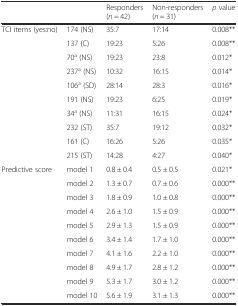
| <COLSPAN=2>  | Responders (n = 42) | Non-responders (n = 31) | p value |
 | --- | --- | --- | --- | --- |
 | <ROWSPAN=10> TCI items (yes:no) | 174 (NS) | 35:7 | 17:14 | 0.008** |
 | 137 (C) | 19:23 | 5:26 | 0.008** |
 | 70a (NS) | 19:23 | 23:8 | 0.012* |
 | 237a (NS) | 10:32 | 16:15 | 0.014* |
 | 106a (SD) | 28:14 | 28:3 | 0.016* |
 | 191 (NS) | 19:23 | 6:25 | 0.019* |
 | 34a (NS) | 11:31 | 16:15 | 0.024* |
 | 232 (ST) | 35:7 | 19:12 | 0.032* |
 | 161 (C) | 16:26 | 5:26 | 0.035* |
 | 215 (ST) | 14:28 | 4:27 | 0.040* |
 | <ROWSPAN=10> Predictive score | model 1 | 0.8 ± 0.4 | 0.5 ± 0.5 | 0.021* |
 | model 2 | 1.3 ± 0.7 | 0.7 ± 0.6 | 0.000** |
 | model 3 | 1.8 ± 0.9 | 1.0 ± 0.8 | 0.000** |
 | model 4 | 2.6 ± 1.0 | 1.5 ± 0.9 | 0.000** |
 | model 5 | 2.9 ± 1.3 | 1.5 ± 0.9 | 0.000** |
 | model 6 | 3.4 ± 1.4 | 1.7 ± 1.0 | 0.000** |
 | model 7 | 4.1 ± 1.6 | 2.2 ± 1.0 | 0.000** |
 | model 8 | 4.9 ± 1.7 | 2.8 ± 1.2 | 0.000** |
 | model 9 | 5.3 ± 1.7 | 3.0 ± 1.2 | 0.000** |
 | model 10 | 5.6 ± 1.9 | 3.1 ± 1.3 | 0.000** |